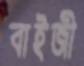
বাইজী